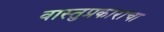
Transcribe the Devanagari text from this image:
वास्तुप्रकाराचा